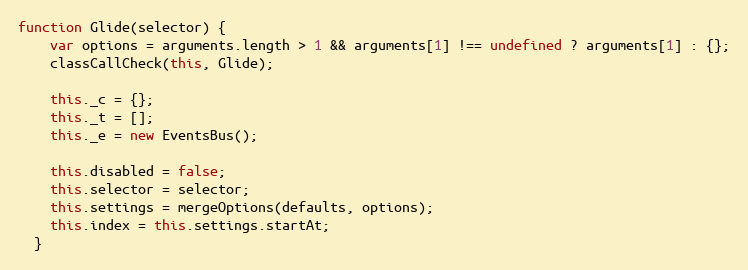
Language: JavaScript
function Glide(selector) {
    var options = arguments.length > 1 && arguments[1] !== undefined ? arguments[1] : {};
    classCallCheck(this, Glide);

    this._c = {};
    this._t = [];
    this._e = new EventsBus();

    this.disabled = false;
    this.selector = selector;
    this.settings = mergeOptions(defaults, options);
    this.index = this.settings.startAt;
  }